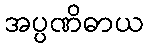
အပ္ပဏိဓာယ